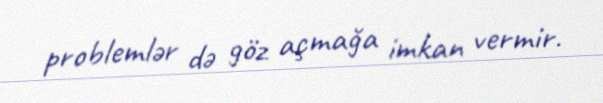
problemlər də göz açmağa imkan vermir.